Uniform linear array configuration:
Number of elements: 8
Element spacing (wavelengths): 0.75
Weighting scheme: binomial
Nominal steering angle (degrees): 45
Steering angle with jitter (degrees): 43.785
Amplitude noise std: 0.05
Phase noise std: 0.05

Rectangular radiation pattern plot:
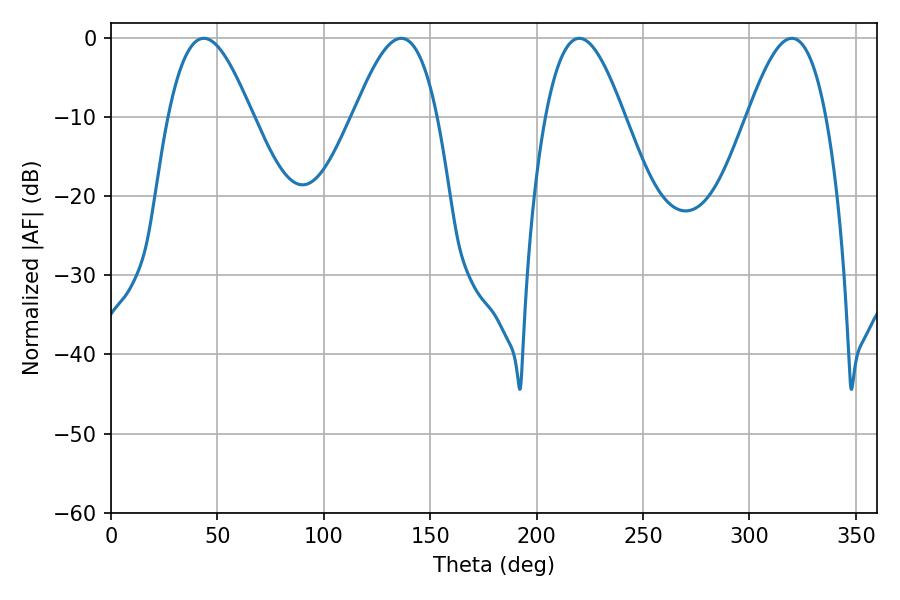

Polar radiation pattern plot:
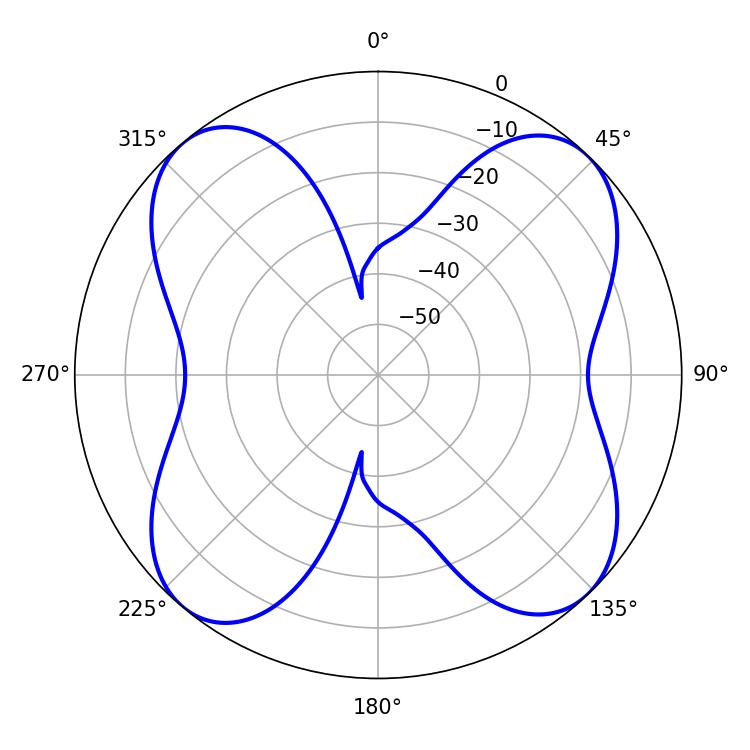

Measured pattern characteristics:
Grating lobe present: TRUE
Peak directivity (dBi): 14.328
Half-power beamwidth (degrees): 21.42
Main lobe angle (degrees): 43.56